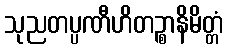
သုညတပ္ပဏီဟိတဉ္စာနိမိတ္တံ